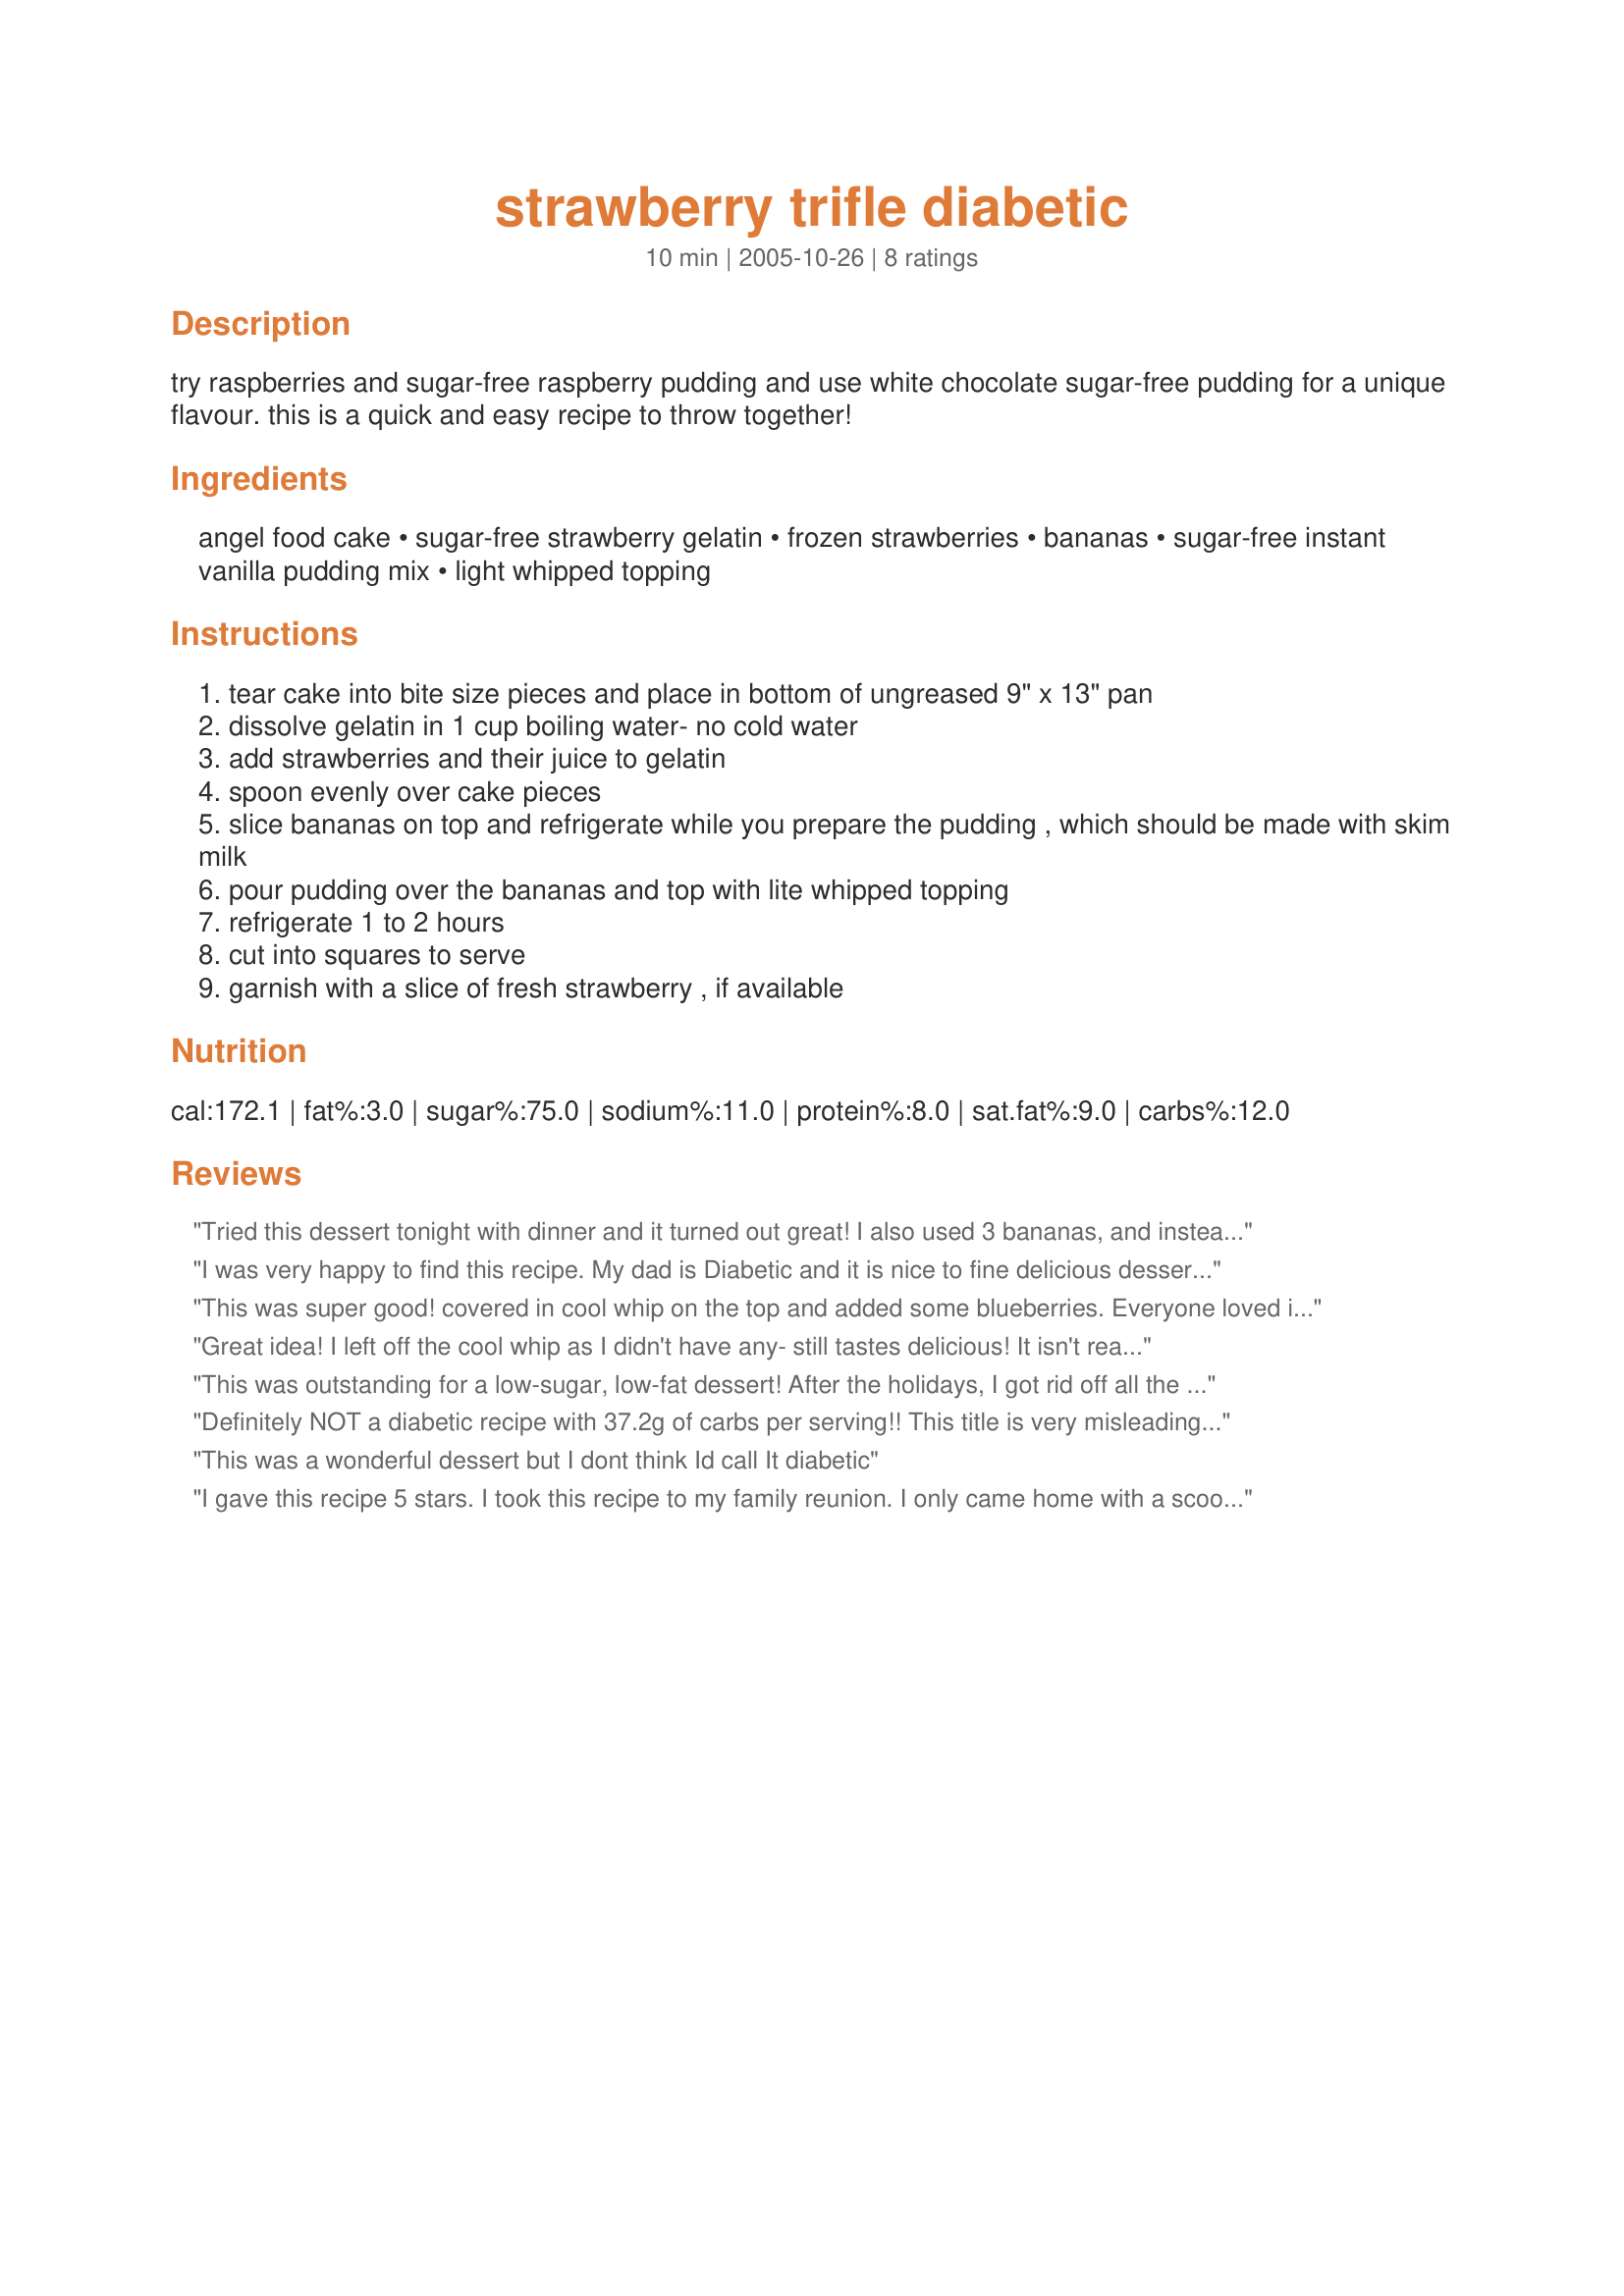
strawberry trifle diabetic
Preparation time: 10 minutes

try raspberries and sugar-free raspberry pudding and use white chocolate sugar-free pudding for a unique flavour. this is a quick and easy recipe to throw together!

Ingredients:
angel food cake, sugar-free strawberry gelatin, frozen strawberries, bananas, sugar-free instant vanilla pudding mix, light whipped topping

Steps:
tear cake into bite size pieces and place in bottom of ungreased 9" x 13" pan
dissolve gelatin in 1 cup boiling water- no cold water
add strawberries and their juice to gelatin
spoon evenly over cake pieces
slice bananas on top and refrigerate while you prepare the pudding , which should be made with skim milk
pour pudding over the bananas and top with lite whipped topping
refrigerate 1 to 2 hours
cut into squares to serve
garnish with a slice of fresh strawberry , if available

Reviews:
Tried this dessert tonight with dinner and it turned out great! I also used 3 bananas, and instead of diabetic pudding I made a diabetic custard which worked very well. I also used raspberry jello (diet) as I didn't have any strawberry on hand. Had no fresh or frozen strawberries, but still tasted really great all the same. Thanks for this recipe. Will definitely use it again.
I was very happy to find this recipe. My dad is Diabetic and it is nice to fine delicious desserts to share with him. It was very quick to make and looked lovely.
This was super good! covered in cool whip on the top and added some blueberries. Everyone loved it and it makes enough dessert to feed my family of 8!
Great idea! I left off the cool whip as I didn't have any- still tastes delicious! It isn't really a good consistency to cut and serve, its more of a spooned dessert (although that is probably something I did.)
This was outstanding for a low-sugar, low-fat dessert! After the holidays, I got rid off all the leftover fattening (and stale) cookies and such and decided to make this for company that is here. I used 3 bananas instead of 2 as mine were smallish...otherwise, I made exactly as posted. Very fresh tasting. Makes a lot so we'll be having it tonight as well. Thanks!
Definitely NOT a diabetic recipe with 37.2g of carbs per serving!! This title is very misleading for those who may not be diabetic but are trying to find a recipe to serve to diabetic friends or family.
This was a wonderful dessert but I dont think Id call It diabetic
I gave this recipe 5 stars. I took this recipe to my family reunion. I only came home with a scoop-full. When I made this recipe I made a very minor changes. First I doubled the recipe. I used 1 regular size Angel Food cake, 2 boxes strawberry jello, 2 boxes of Walmart brand sugar free french vanilla pudding, 24oz frozen strawberries, 4 bananas, 8oz cool whip. Second I put it in a trifle dish. I first broke my cake up, poured the strawberry jello and strawberries over top. Let it set for 9 hours and scooped it in squares and layered in a casserole dish as instructed. It turned out beauitful and was yummy! I will ba making this again for sure! Thanks for posting! Christine
